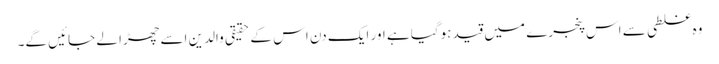
وہ غلطی سے اس پنجرے میں قید ہوگیا ہے اور ایک دن اس کے حقیقی والدین اسے چھڑا لے جائیں گے۔